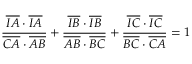
{ \frac { { \overline { { I A } } } \cdot { \overline { { I A } } } } { { \overline { { C A } } } \cdot { \overline { { A B } } } } } + { \frac { { \overline { { I B } } } \cdot { \overline { { I B } } } } { { \overline { { A B } } } \cdot { \overline { { B C } } } } } + { \frac { { \overline { { I C } } } \cdot { \overline { { I C } } } } { { \overline { { B C } } } \cdot { \overline { { C A } } } } } = 1